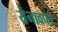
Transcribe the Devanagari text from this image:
येनावपत्